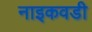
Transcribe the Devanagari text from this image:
नाइकवडी